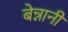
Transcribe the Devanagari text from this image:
बेन्नानी